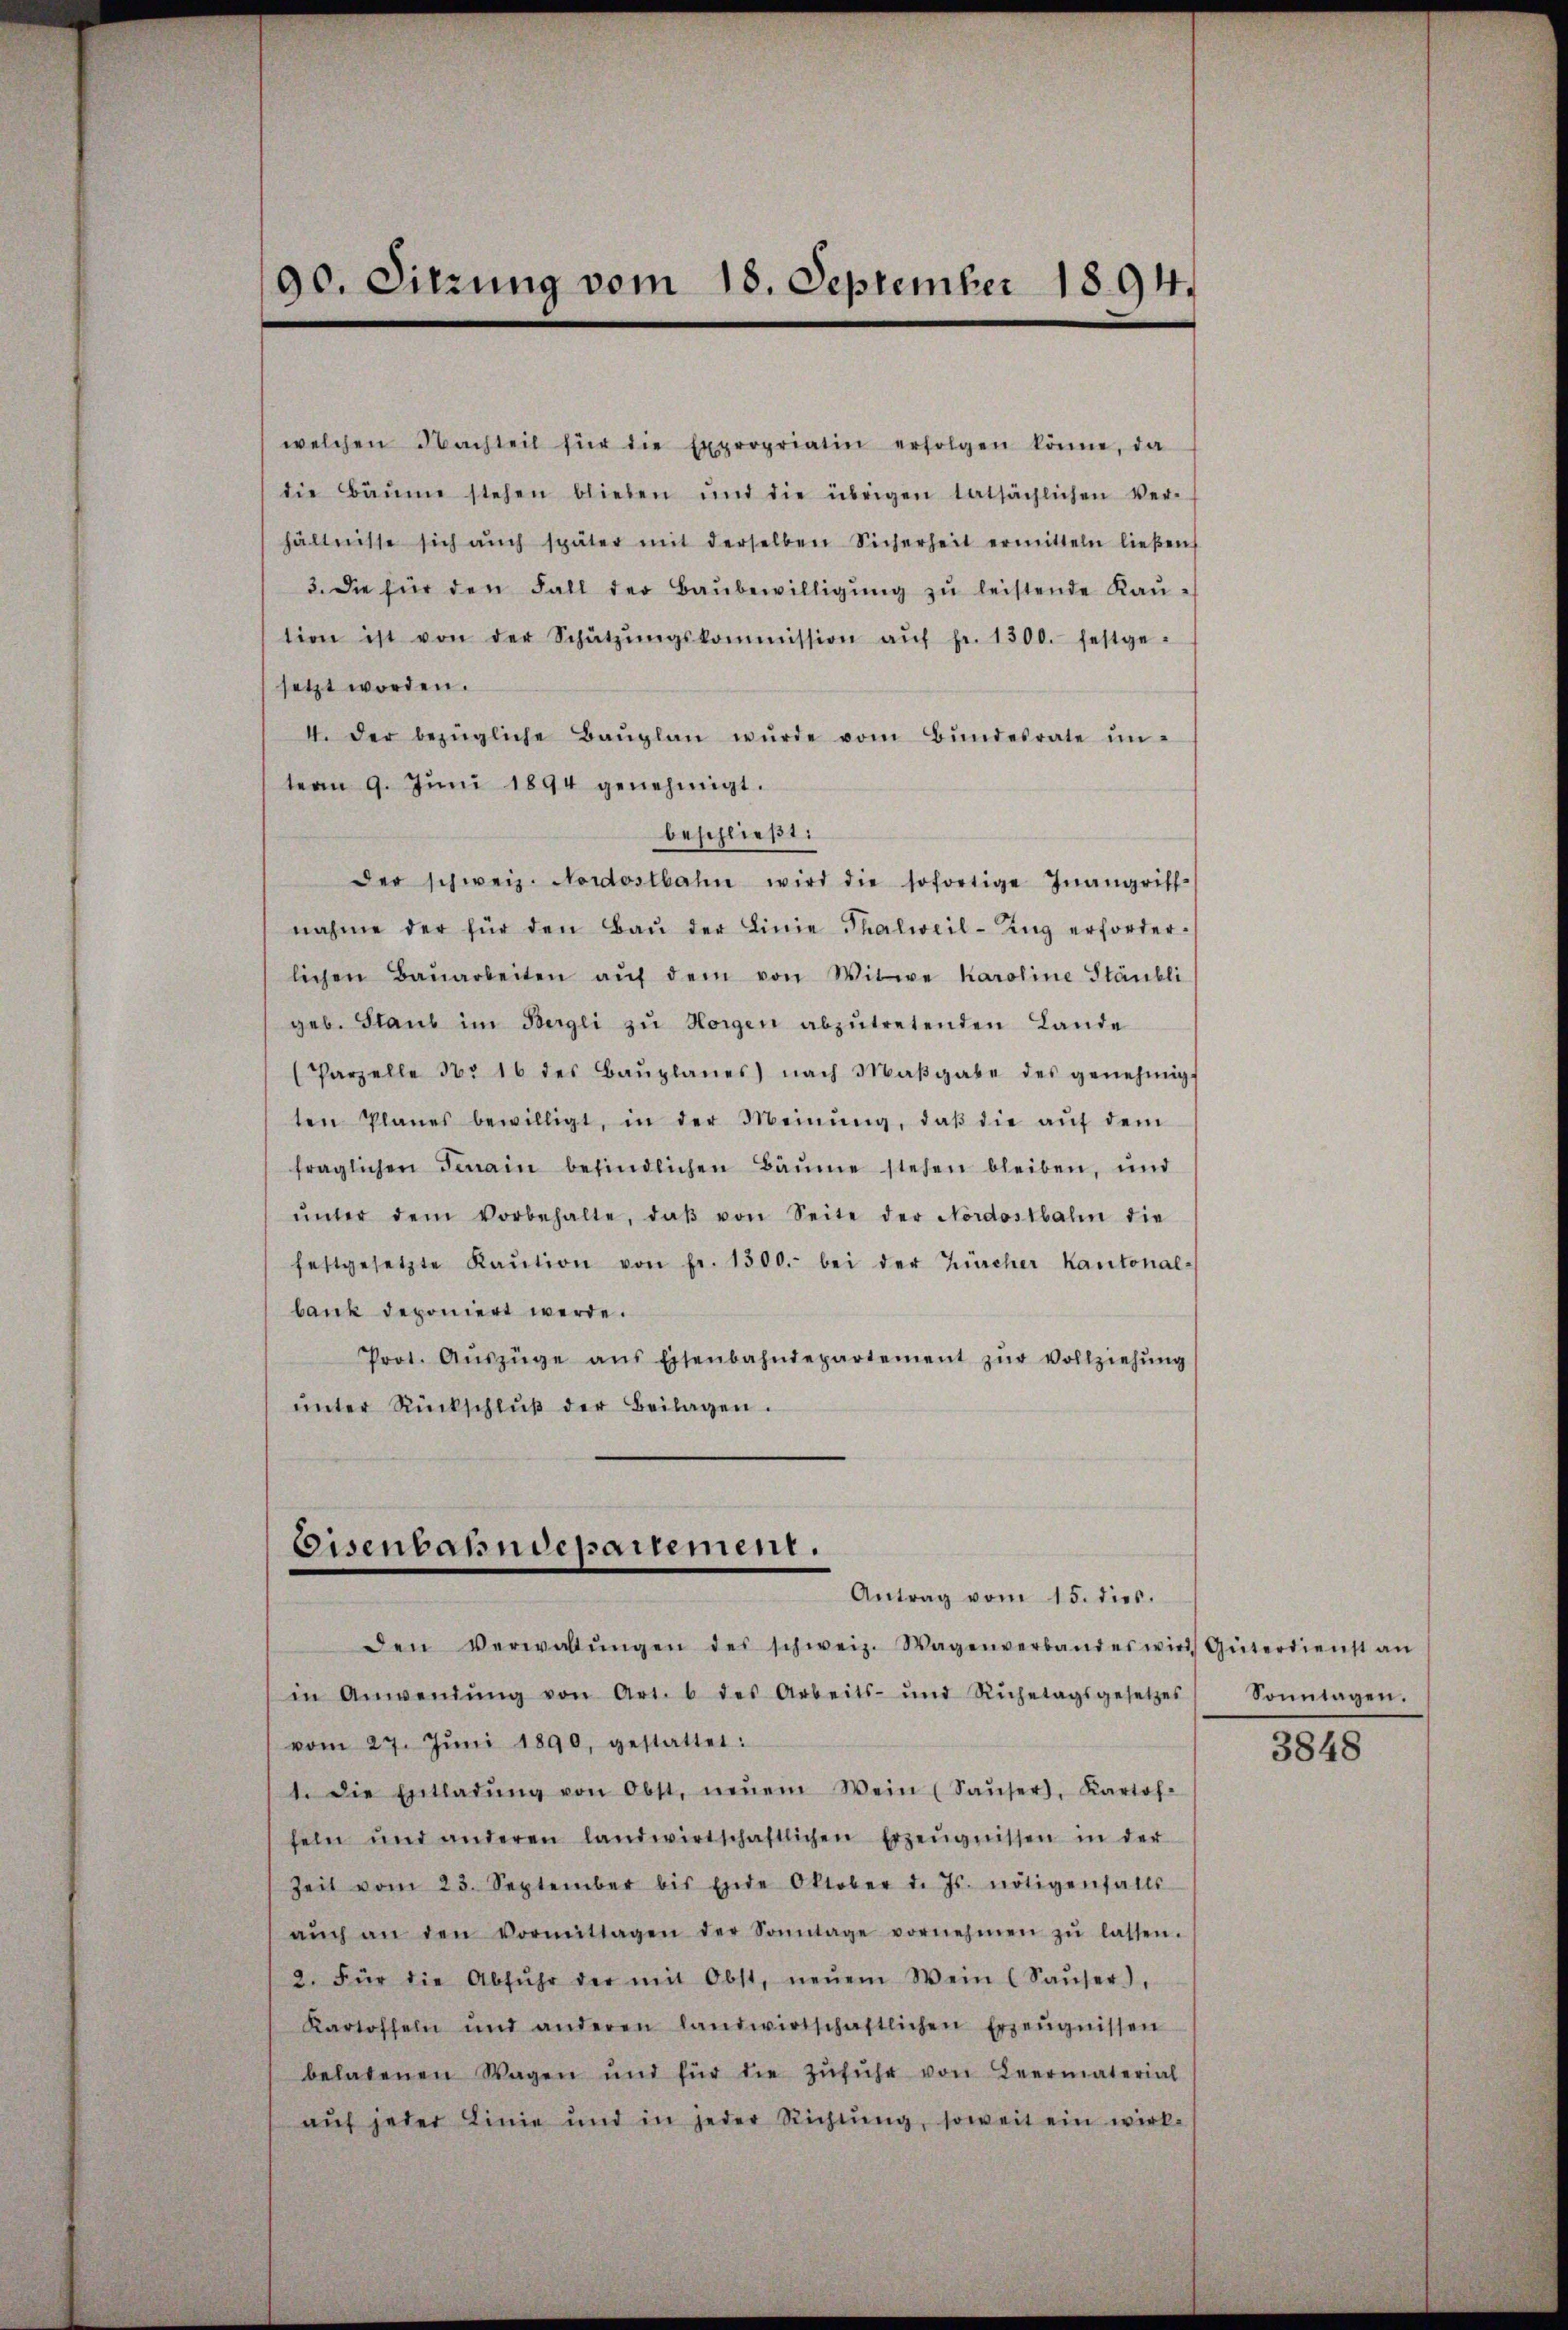
90. Sitzung vom 18. September 1894.

welchen Nachteil für die Expropriatin erfolgen könne, da
die Bäume stehen blieben und die übrigen tatsächlichen Ver-
hältnisse sich aŭch später mit derselben Sicherheit ermitteln ließen
3. Die für den Fall der Baŭbewilligŭng zŭ leistende Kaŭ-
tion ist von der Schützŭngskommission aŭf fr. 1300. festge-
setzt worden.
4. Der bezügliche Baŭplan würde vom Bŭndesrate un-
tean 9. Jŭni 1894 genehmigt.
beschließt:
der schweiz. Nordostbahn wird die sofortige Inangriff-
nahme der für den Baŭ der Linie Thalweil-Zŭg erforder-
lichen Baŭarbeiten aŭf dem von Witwe Karoline Stäubli
geb. Staub im Bergli zŭ Horgen abzŭtretenden Lande
(Parzelle No 16 des Baŭplanes nach Maβgabe des genehmigt
ten Planes bewilligt, in der Meinŭng, daβ die aŭf dem
fraglichen Firain befindlichen Bäume stehen bleiben, und
ŭnter dem Vorbehalte, daβ von Seite der Nordostbali die
festgesetzte Kaŭtion von fr. 1500.- bei der Zürcher Kantonal-
bank deponiert werde.
Prot. Aŭszüge ans Eisenbahndepartement zŭr Vollziehŭng
ŭnter Rückschlŭβ der Beilagen.

Eisenbahndepartement.
Antrag vom 15. dies.

den Verwaltŭngen des schweiz. Wagenverband es wird Güterdienst an
in Anwendŭng von Art. 6 des Arbeits- und Ruhetagsgesetzes
vom 27. Jŭni 1890, gestattet:
1. Die Entladŭng von Obst, neŭen Wein (Saŭser, Kartof-
seln und anderen landwirtschaftlichen Erzeŭgnissen in der
Zeit vom 23. September bis Ende Oktober d. Js. nötigenfalls
aŭch an den Vormittagen der Sonntage vornehmen zŭ lassen.
2. Für die Abfŭhr der mit Obst, neŭem Wein (Saŭser,
Kartoffeln und anderen landwirtschaftlichen Erzeŭgnissen
beladenen Wagen und für die Zŭfŭhr von Leermaterial
auf jeder Linie und in jeder Richtung, soweit ein wirk-

Sonntagen.

3848